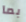
بما